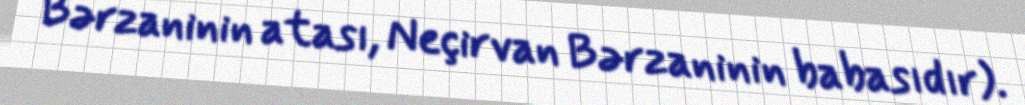
Bərzaninin atası, Neçirvan Bərzaninin babasıdır).